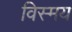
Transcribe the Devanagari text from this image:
विस्‍मय